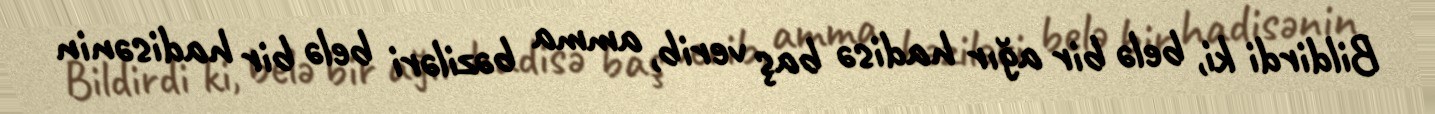
Bildirdi ki, belə bir ağır hadisə baş verib, amma bəziləri belə bir hadisənin